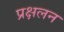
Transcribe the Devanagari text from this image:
प्रक्षलन